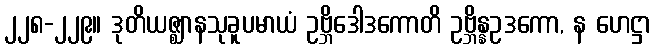
၂၂၈-၂၂၉။ ဒုတိယဇ္ဈာနသုခူပမာယံ ဥဗ္ဘိဒေါဒကောတိ ဥဗ္ဘိန္နဥဒကော, န ဟေဋ္ဌာ